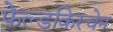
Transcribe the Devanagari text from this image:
फेल्डकिरचेन